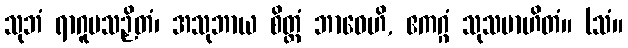
သုဘံ ရာဂူပသဉှိတံ၊ အသုဘာယ စိတ္တံ ဘာဝေဟိ, ဧကဂ္ဂံ သုသမာဟိတံ။ (သံ။